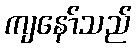
ကျနော်သည်